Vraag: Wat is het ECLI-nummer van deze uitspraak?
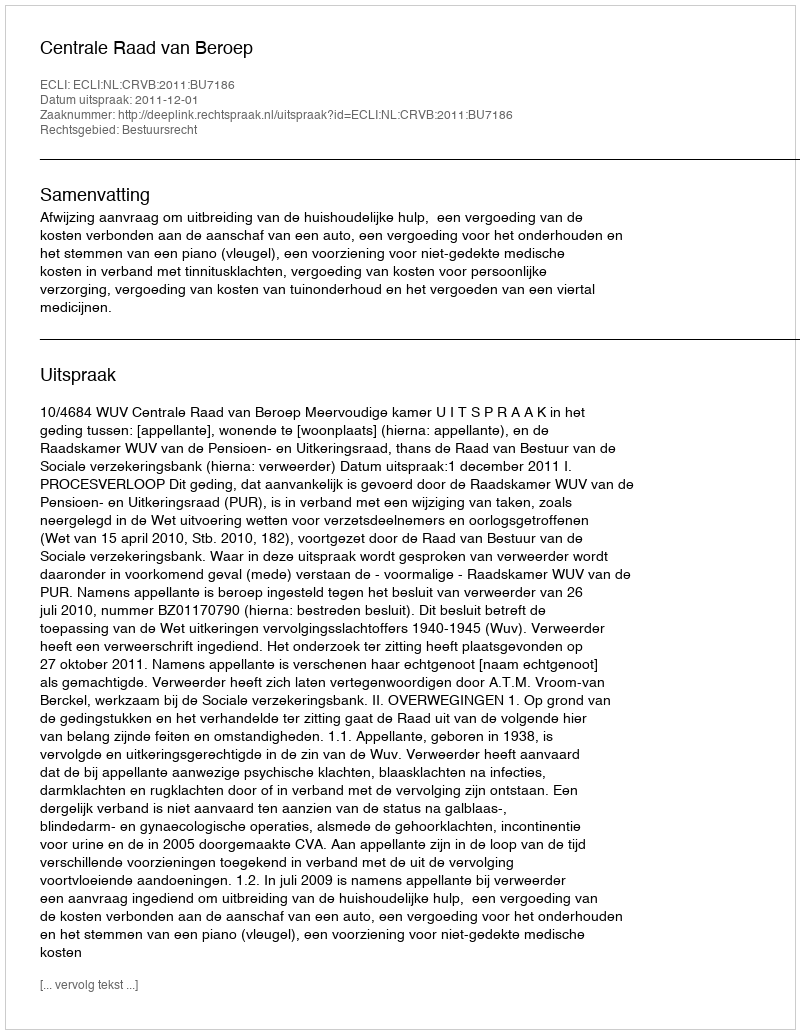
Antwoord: ECLI:NL:CRVB:2011:BU7186